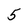
Character: 5